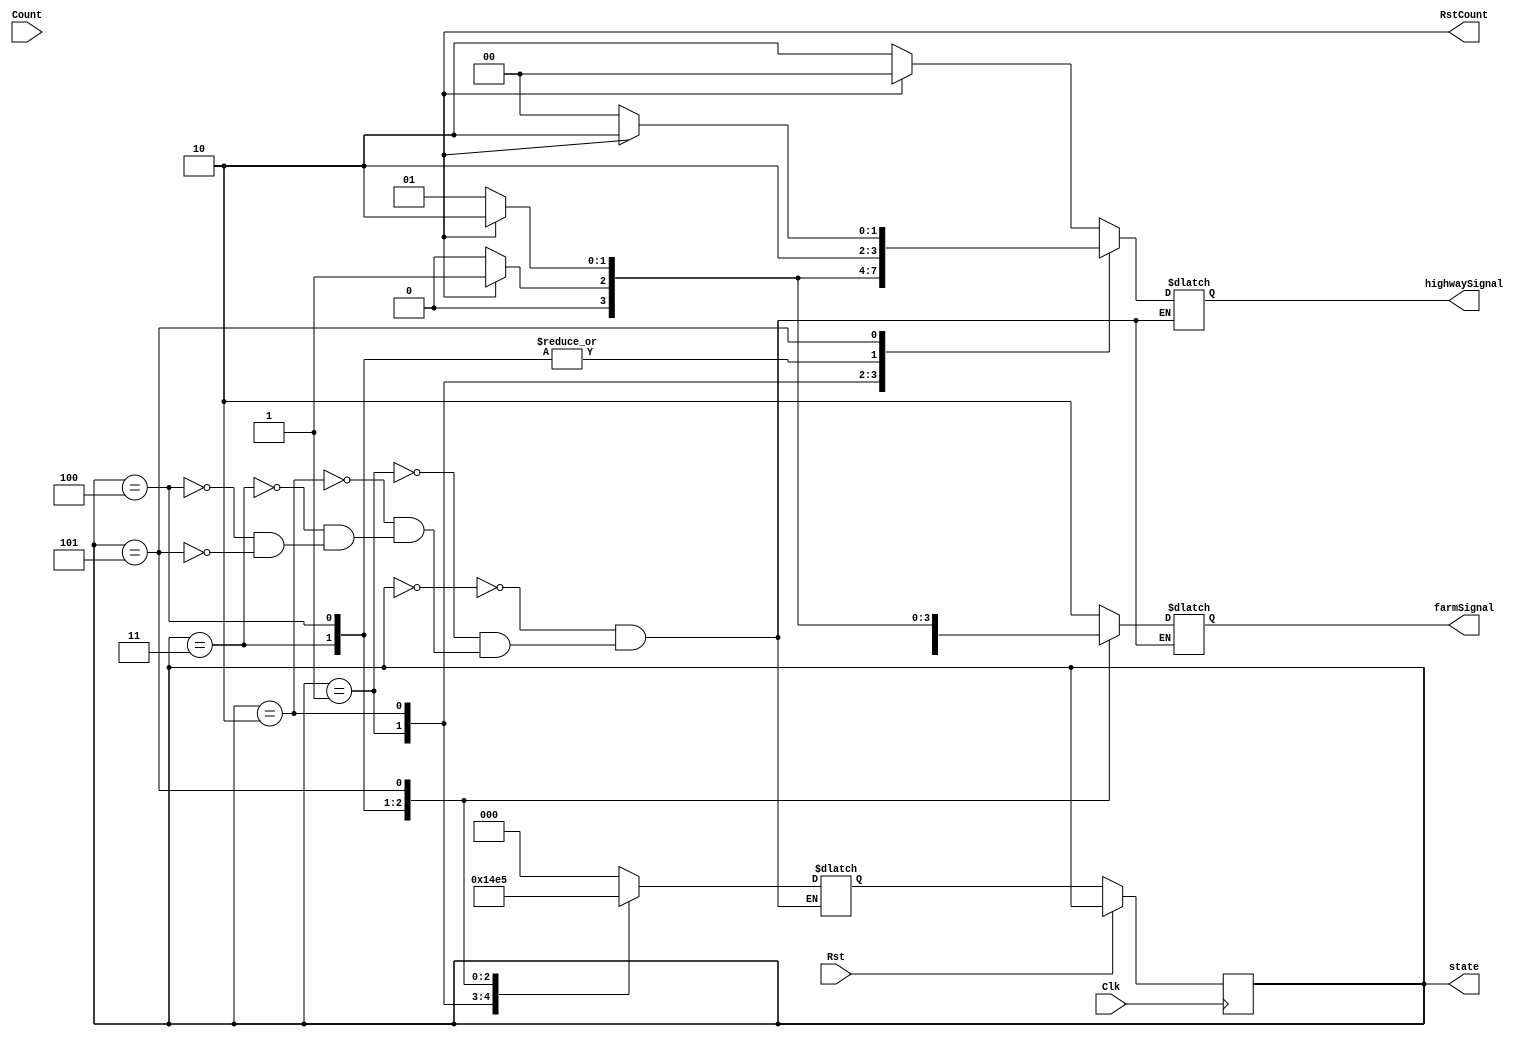
module tlc_fsm (
	output reg [2:0] state, // output for debugging
	output reg RstCount, // use an always block
	// another always block for these as well
	output reg [1:0] highwaySignal, farmSignal,
	input wire [31-1:0] Count,
	input wire Clk, Rst // clokc and reset
	);

	parameter S0 = 3'b000,
		   S1 = 3'b001,
		   S2 = 3'b010,
		   S3 = 3'b011,
		   S4 = 3'b100,
		   S5 = 3'b101,
		   GREEN = 2'b00,
		   YELLOW = 2'b01,
		   RED = 2'b10;

	reg [2:0] nextState;

	// Output logic
	always @ (state or RstCount) begin
		case (state)
			S0: begin
			if (RstCount) begin
				highwaySignal = GREEN;
				farmSignal = RED;
			end else begin
				highwaySignal = RED;
				farmSignal = RED;
			end
			end
			S1: begin
			if (RstCount) begin
				highwaySignal = YELLOW;
				farmSignal = RED;
			end else begin
				highwaySignal = GREEN;
				farmSignal = RED;
			end
			end
			S2: begin
			if (RstCount) begin
				highwaySignal = RED;
				farmSignal = RED;
			end else begin
				highwaySignal = YELLOW;
				farmSignal = RED;
			end
			end
			S3: begin
			if (RstCount) begin
				highwaySignal = RED;
				farmSignal = GREEN;
			end else begin
				highwaySignal = RED;
				farmSignal = RED;
			end
			end
			S4: begin
			if (RstCount) begin
				highwaySignal = RED;
				farmSignal = YELLOW;
			end else begin
				highwaySignal = RED;
				farmSignal = GREEN;
			end
			end
			S5: begin
			if (RstCount) begin
				highwaySignal = RED;
				farmSignal = RED;
			end else begin
				highwaySignal = GREEN;
				farmSignal = YELLOW;
			end
			end

			default: ;
		endcase
	end




	// Next state logic
	always @ ( * ) begin
		case (state)
			S0: begin
				if (Count == 50000000) begin
					nextState = S1;
				end else begin
					nextState = S0;
				end
				end
			S1: begin
				if (Count == 1500000000) begin
					nextState = S2;
				end else begin
					nextState = S1;
				end
				end
			S2: begin
				if (Count == 150000000) begin
					nextState = S3;
				end else begin
					nextState = S2;
				end
				end
			S3: begin
				if (Count == 50000000) begin
					nextState = S4;
				end else begin
					nextState = S3;
				end
				end
			S4: begin
				if (Count == 750000000) begin
					nextState = S5;
				end else begin
					nextState = S4;
				end
				end
			S5: begin
				if (Count == 150000000) begin
					nextState = S1;
				end else begin
					nextState = S5;
				end
				end
			default: ;
		endcase
	end

	always @ (posedge Clk) begin
		if (Rst) begin
			stat <= S0;
		end else begin
			state <= nextState;
		end
	end

	assign Count = 0;

endmodule